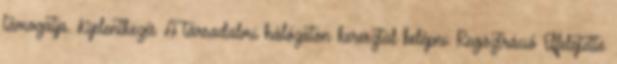
támogatja. Kijelentkezés A társadalmi hálózaton keresztül belépni: Regisztráció Elfelejtette